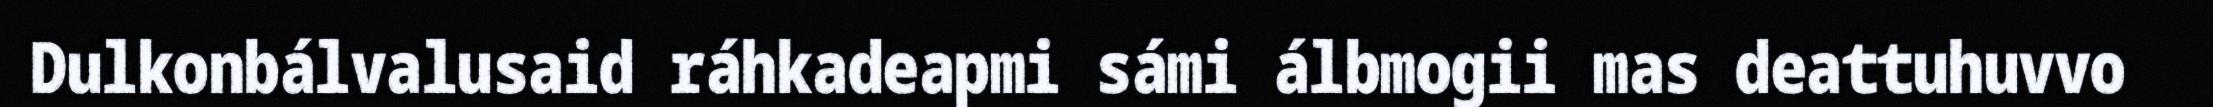
Dulkonbálvalusaid ráhkadeapmi sámi álbmogii mas deattuhuvvo